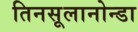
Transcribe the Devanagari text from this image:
तिनसूलानोन्डा